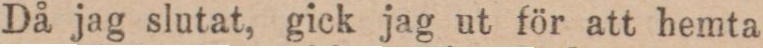
Då jag slutat, gick jag ut för att hemta